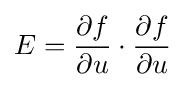
E={\frac {\partial f}{\partial u}}\cdot {\frac {\partial f}{\partial u}}